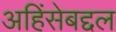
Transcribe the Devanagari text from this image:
अहिंसेबद्दल